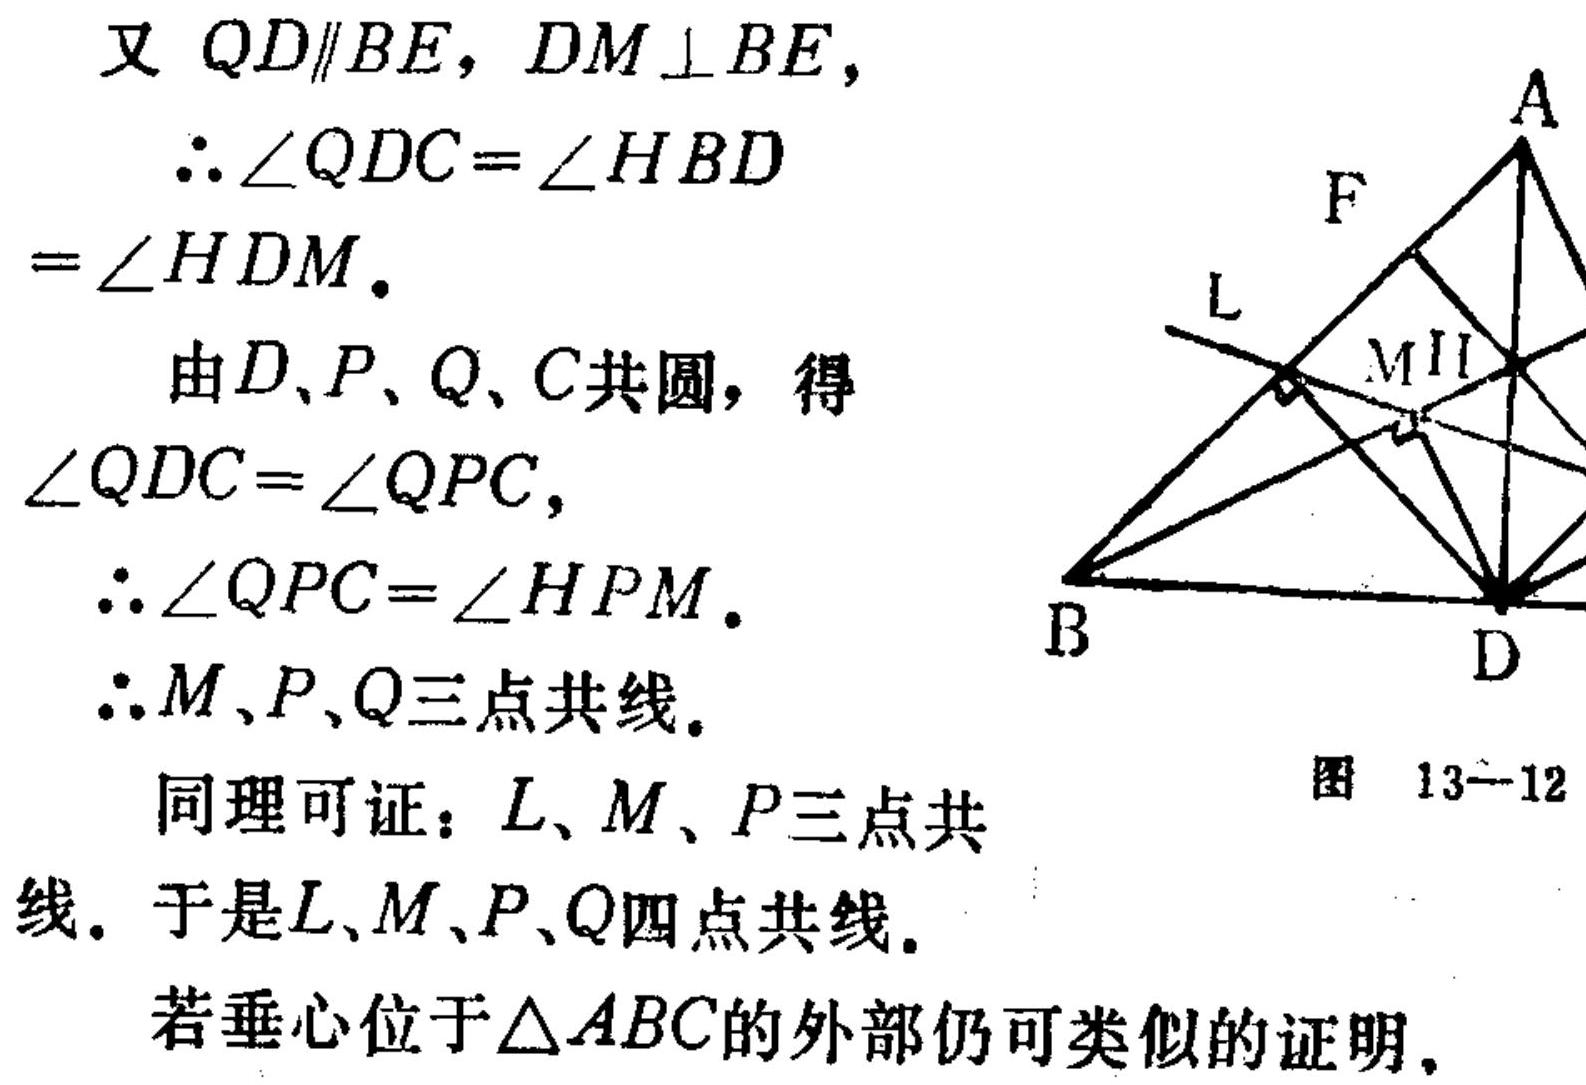
又 \(QD\parallel BE\)，\(DM\perp BE\)，
\(\therefore \angle QDC = \angle HBD=\angle HDM\).
由\(D、P、Q、C\)共圆，得\(\angle QDC=\angle QPC\)，
\(\therefore \angle QPC=\angle HPM\).
\(\therefore M、P、Q\)三点共线。
同理可证：\(L、M、P\)三点共线。于是\(L、M、P、Q\)四点共线。
若垂心位于\(\triangle ABC\)的外部仍可类似的证明。
图 13—12
![图 13—12](https://pic1.zhimg.com/v2-xxxxxx_b.jpg) （此处因无实际图片链接，仅示意格式 ）